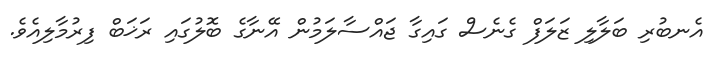
އެނބުރި ބަލާލި ޒަލަފް ގެނެސް ގައިގާ ޖައްސާލަމުން އޭނާގެ ބޮލުގައި ރަޚަބް ފިރުމާލިއެވެ.